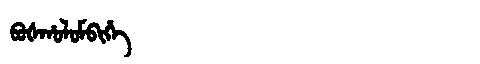
Manchu: ᠪᠣᡧᡥᠣᠯᠣᠮᠪᡳᡥᡝ
Romanization: BOŠHOLOMBIHE